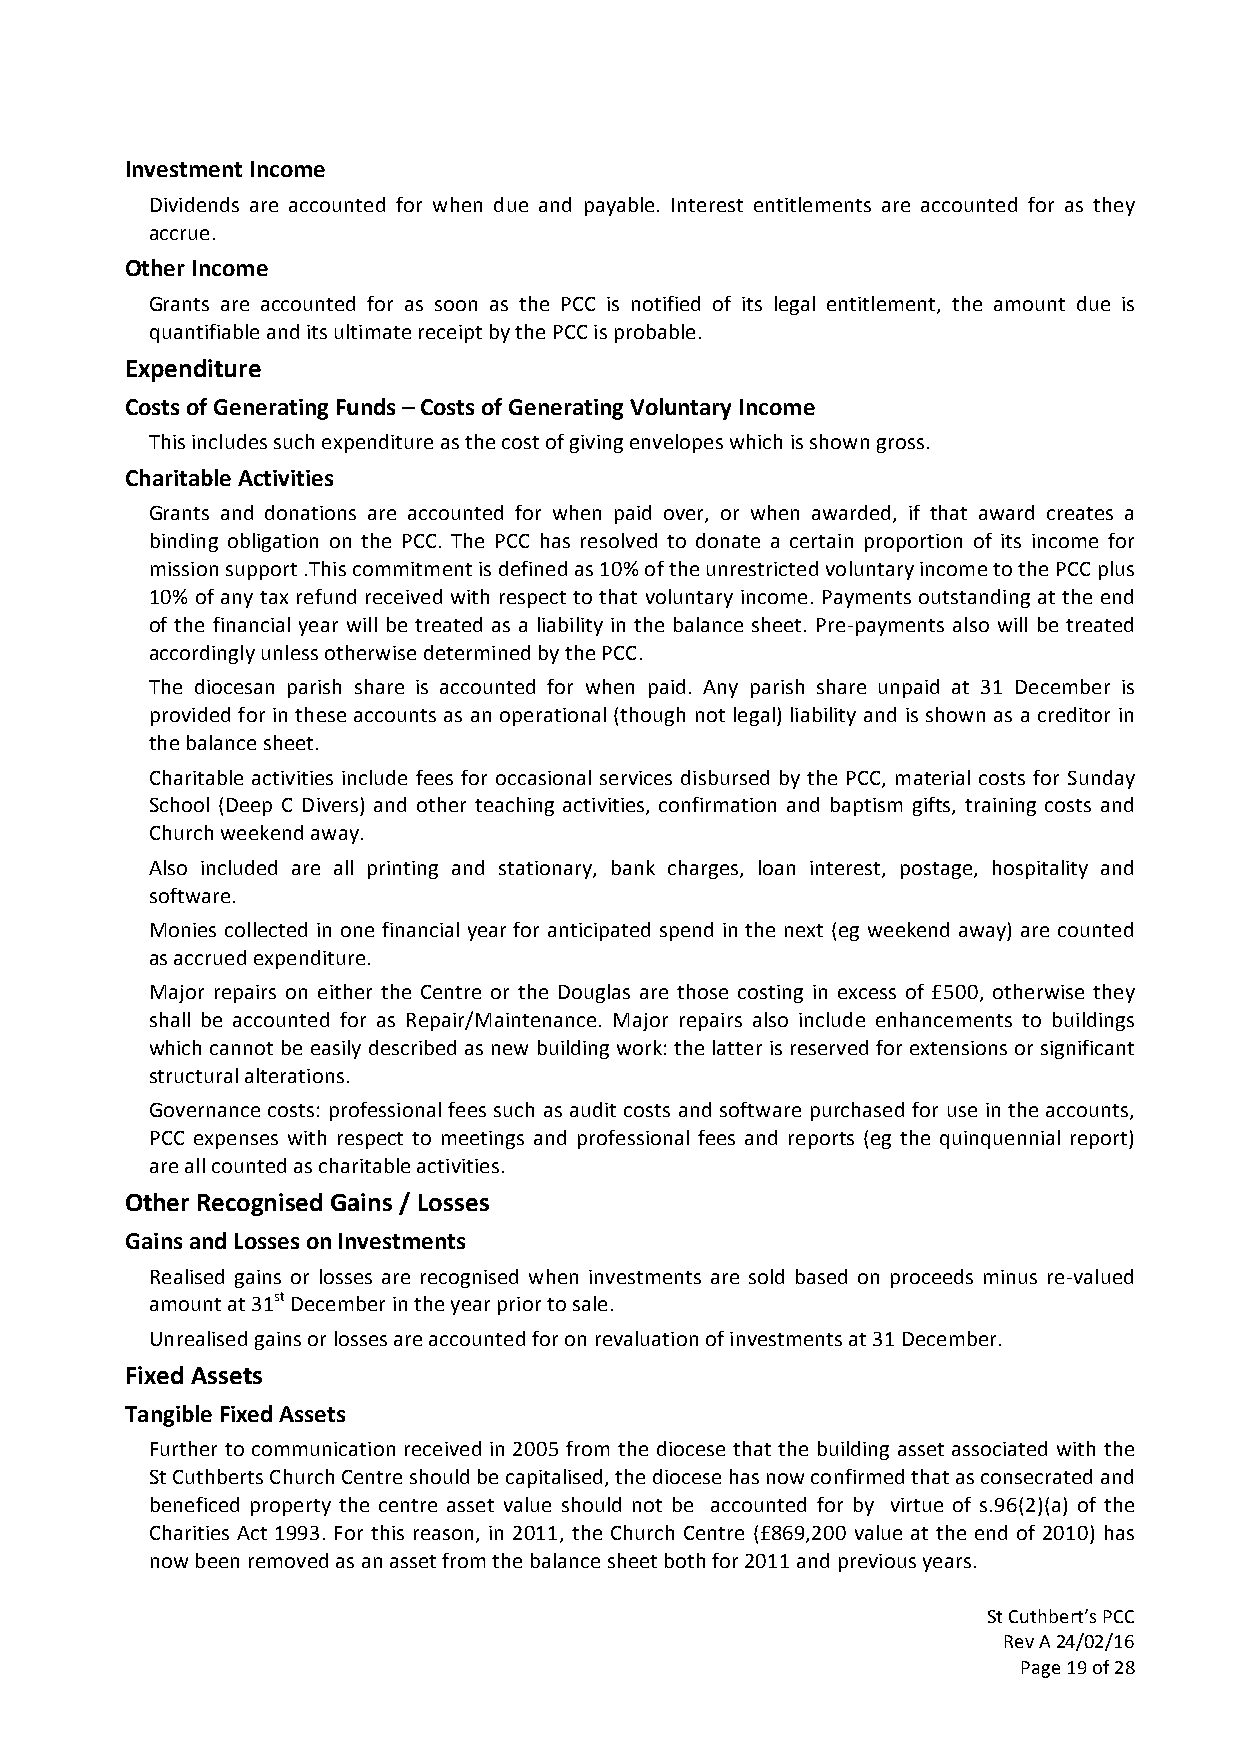
Investment Income
 Dividends are accounted for when due and payable. Interest entitlements are accounted for as they
 accrue.
 Other Income
 Grants are accounted for as soon as the PCC is notified of its legal entitlement, the amount due is
 quantifiable and its ultimate receipt by the PCC is probable.
 Expenditure
 Costs of Generating Funds – Costs of Generating Voluntary Income
 This includes such expenditure as the cost of giving envelopes which is shown gross.
 Charitable Activities
 Grants and donations are accounted for when paid over, or when awarded, if that award creates a
 binding obligation on the PCC. The PCC has resolved to donate a certain proportion of its income for
 mission support .This commitment is defined as 10% of the unrestricted voluntary income to the PCC plus
 10% of any tax refund received with respect to that voluntary income. Payments outstanding at the end
 of the financial year will be treated as a liability in the balance sheet. Pre-payments also will be treated
 accordingly unless otherwise determined by the PCC.
 The diocesan parish share is accounted for when paid. Any parish share unpaid at 31 December is
 provided for in these accounts as an operational (though not legal) liability and is shown as a creditor in
 the balance sheet.
 Charitable activities include fees for occasional services disbursed by the PCC, material costs for Sunday
 School (Deep C Divers) and other teaching activities, confirmation and baptism gifts, training costs and
 Church weekend away.
 Also included are all printing and stationary, bank charges, loan interest, postage, hospitality and
 software.
 Monies collected in one financial year for anticipated spend in the next (eg weekend away) are counted
 as accrued expenditure.
 Major repairs on either the Centre or the Douglas are those costing in excess of £500, otherwise they
 shall be accounted for as Repair/Maintenance. Major repairs also include enhancements to buildings
 which cannot be easily described as new building work: the latter is reserved for extensions or significant
 structural alterations.
 Governance costs: professional fees such as audit costs and software purchased for use in the accounts,
 PCC expenses with respect to meetings and professional fees and reports (eg the quinquennial report)
 are all counted as charitable activities.
 Other Recognised Gains / Losses
 Gains and Losses on Investments
 Realised gains or losses are recognised when investments are sold based on proceeds minus re-valued
 amount at 31st December in the year prior to sale.
 Unrealised gains or losses are accounted for on revaluation of investments at 31 December.
 Fixed Assets
 Tangible Fixed Assets
 Further to communication received in 2005 from the diocese that the building asset associated with the
 St Cuthberts Church Centre should be capitalised, the diocese has now confirmed that as consecrated and
 beneficed property the centre asset value should not be accounted for by virtue of s.96(2)(a) of the
 Charities Act 1993. For this reason, in 2011, the Church Centre (£869,200 value at the end of 2010) has
 now been removed as an asset from the balance sheet both for 2011 and previous years.
 St Cuthbert’s PCC
 Rev A 24/02/16
 Page 19 of 28